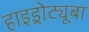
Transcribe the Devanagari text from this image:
हाइड्रोट्यूबा